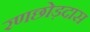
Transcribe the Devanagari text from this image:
रणछोड़दास